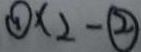
\textcircled { 1 } \times 2 - \textcircled { 2 }